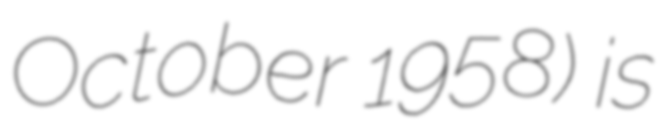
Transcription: October 1958) is